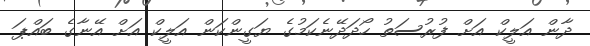
ދާން އަލީކް އަށް ފުރުސަތު ހޯދަދޭނެކަމުގެ ޔަގީންކަން އަލީކް އަށް އޭނާގެ ބައްޕަ